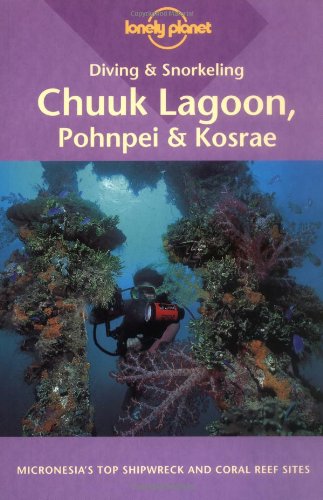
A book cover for Diving & Snorkeling Chuuk Lagoon, Pohnpei & Kosrae (Lonely Planet Diving and Snorkeling Guides); Tim Rock; Travel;